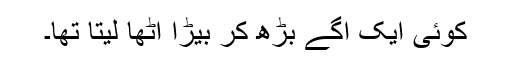
کوئی ایک آگے بڑھ کر بِیڑا اٹھا لیتا تھا۔